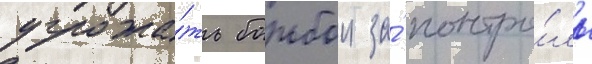
угрожа́ть борьбои за́ контро́ль